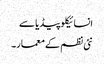
انسائیکلو پیڈیا سے
نئی نظم کے معمار۔